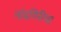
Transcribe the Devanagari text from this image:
नांदगिरीचा